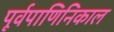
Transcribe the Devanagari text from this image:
पूर्वपाणिनिकाल